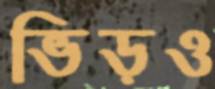
ভিড়ও